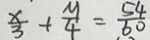
\frac { x } { 3 } + \frac { y } { 4 } = \frac { 5 4 } { 6 0 }